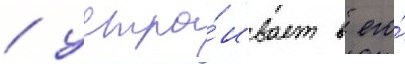
/ устра́ивает в его́